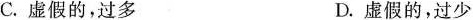
C.虚假的，过多 D.虚假的，过少